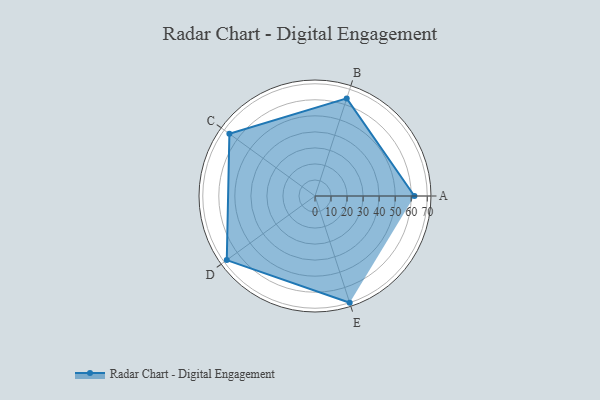
{"axis": {"x": "Skill", "y": "Score"}, "legend": ["Profile"], "data": [{"x": "A", "y": 62.0, "type": "Profile"}, {"x": "B", "y": 64.0, "type": "Profile"}, {"x": "C", "y": 66.0, "type": "Profile"}, {"x": "D", "y": 68.0, "type": "Profile"}, {"x": "E", "y": 70.0, "type": "Profile"}]}